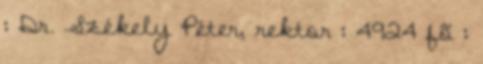
: Dr. Székely Péter, rektor : 4924 fõ :